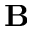
{ \bf B }